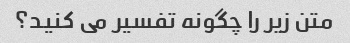
متن زیر را چگونه تفسیر می کنید؟